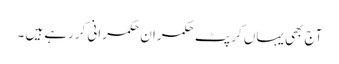
آج بھی یہاں کرپٹ حکمران حکمرانی کررہے ہیں ۔